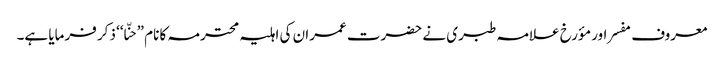
معروف مفسر اور مؤرخ علامہ طبری نے حضرت عمران کی اہلیہ محترمہ کا نام ”حنّا‘‘ ذکر فرمایا ہے۔